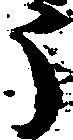
う